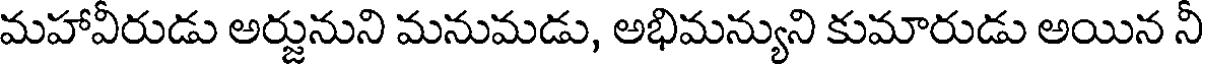
మహావీరుడు అర్జునుని మనుమడు, అభిమన్యుని కుమారుడు అయిన నీ